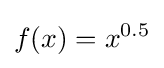
f(x)=x^{0.5}